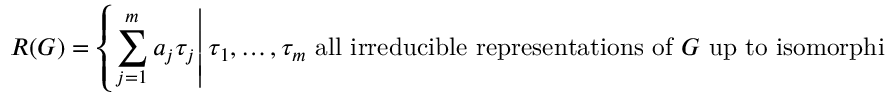
R ( G ) = \left\{ \left. \sum _ { j = 1 } ^ { m } a _ { j } \tau _ { j } \right| \tau _ { 1 } , \ldots , \tau _ { m } { \mathrm { ~ a l l ~ i r r e d u c i b l e ~ r e p r e s e n t a t i o n s ~ o f ~ } } G { \mathrm { ~ u p ~ t o ~ i s o m o r p h i s m } } , a _ { j } \in \mathbb { Z } \right\} .